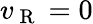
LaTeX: v_{\mathrm{~R~}}=0